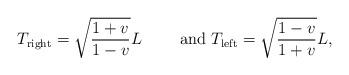
LaTeX: \begin{align*}T_{\rm right} = \sqrt{\frac{1+v}{1-v}}L \qquad\mbox{ and }T_{\rm left} = \sqrt{\frac{1-v}{1+v}}L,\end{align*}